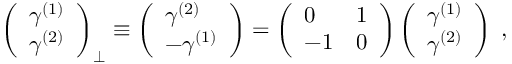
{ \left( \begin{array} { l } { \gamma ^ { ( 1 ) } } \\ { \gamma ^ { ( 2 ) } } \end{array} \right) } _ { \perp } \equiv \left( \begin{array} { l } { \gamma ^ { ( 2 ) } } \\ { - \gamma ^ { ( 1 ) } } \end{array} \right) = \left( \begin{array} { l l } { 0 } & { 1 } \\ { - 1 } & { 0 } \end{array} \right) \left( \begin{array} { l } { \gamma ^ { ( 1 ) } } \\ { \gamma ^ { ( 2 ) } } \end{array} \right) \; ,